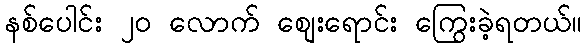
နစ်ပေါင်း ၂၀ လောက် စျေးရောင်း ကြွေးခဲ့ရတယ်။